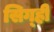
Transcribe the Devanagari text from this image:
सिग्ही